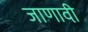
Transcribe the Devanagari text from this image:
जाणावी़